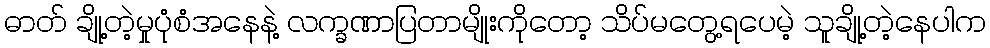
ဓာတ် ချို့တဲ့မှုပုံစံအနေနဲ့ လက္ခဏာပြတာမျိုးကိုတော့ သိပ်မတွေ့ရပေမဲ့ သူချို့တဲ့နေပါက